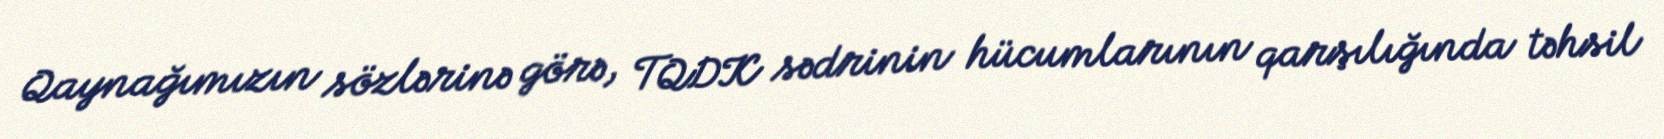
Qaynağımızın sözlərinə görə, TQDK sədrinin hücumlarının qarşılığında təhsil